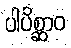
ပါပိစ္ဆာဝ